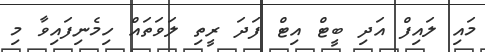
މައި ލައިފް އަދި ބީޓް އިޓް ފަދަ ރީތި ލަވަތައް ހިމެނިފައިވާ މި